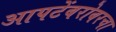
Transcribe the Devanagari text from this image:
आपटेंबरोबरचा